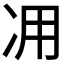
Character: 𠖿